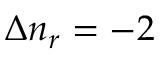
\Delta n _ { r } = - 2